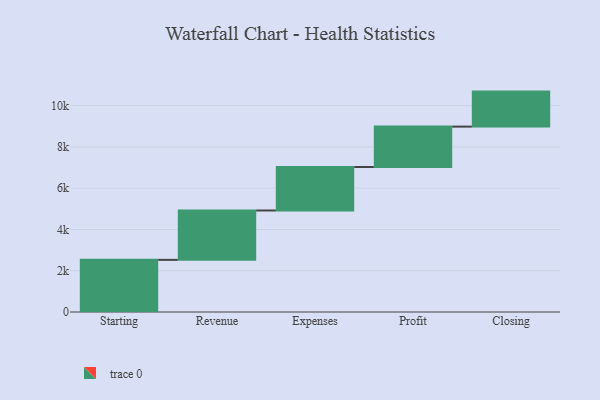
{"axis": {"x": "Step", "y": "Value"}, "legend": [""], "data": [{"x": "Starting", "y": 2527.0, "type": ""}, {"x": "Revenue", "y": 2393.0, "type": ""}, {"x": "Expenses", "y": 2108.0, "type": ""}, {"x": "Profit", "y": 1957.0, "type": ""}, {"x": "Closing", "y": 1697.0, "type": ""}]}